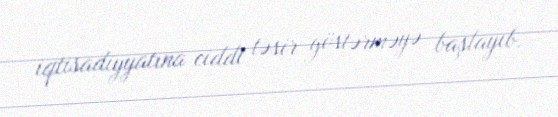
iqtisadiyyatına ciddi təsir göstərməyə başlayıb.